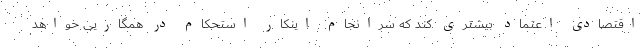
اقتصادی اعتماد بیشتری کند که سرانجام اینکار استحکام در همگاریی خواهد